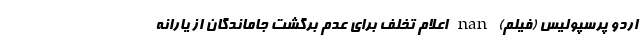
اردو پرسپولیس (فیلم) nan اعلام تخلف برای عدم برگشت جاماندگان از یارانه